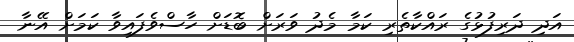
އަދި ދަރިފުޅުގެ ރައްކާތެރި ކަމާ މެދު ވަރަށް ބޮޑަށް ހާސްވެފައިވާ ކަމަށް އޭނާ